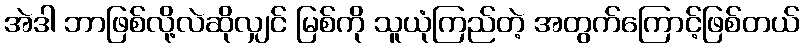
အဲဒါ ဘာဖြစ်လို့လဲဆိုလျှင် မြစ်ကို သူယုံကြည်တဲ့ အတွက်ကြောင့်ဖြစ်တယ်